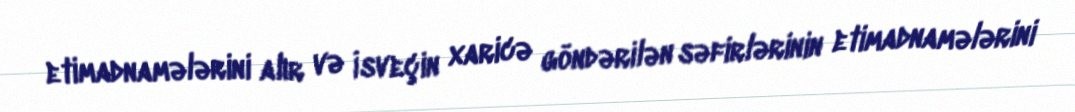
etimadnamələrini alır və İsveçin xaricə göndərilən səfirlərinin etimadnamələrini